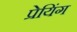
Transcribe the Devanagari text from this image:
प्रेयिंग